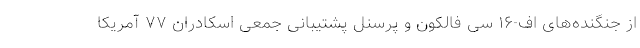
از جنگنده‌های اف-۱۶ سی فالکون و پرسنل پشتیبانی جمعی اسکادران ۷۷ آمریکا